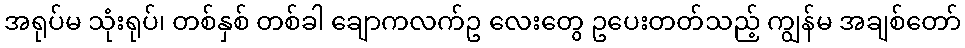
အရုပ်မ သုံးရုပ်၊ တစ်နှစ် တစ်ခါ ချောကလက်ဥ လေးတွေ ဥပေးတတ်သည့် ကျွန်မ အချစ်တော်